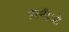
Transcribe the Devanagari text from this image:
प्रानीओ